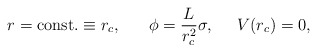
\begin{align*}r=\mbox{const.}\equiv r_c,\;\;\;\;\;\;\phi=\frac{L}{r_c^2}\sigma,\;\;\;\;\;V(r_c)=0,\end{align*}